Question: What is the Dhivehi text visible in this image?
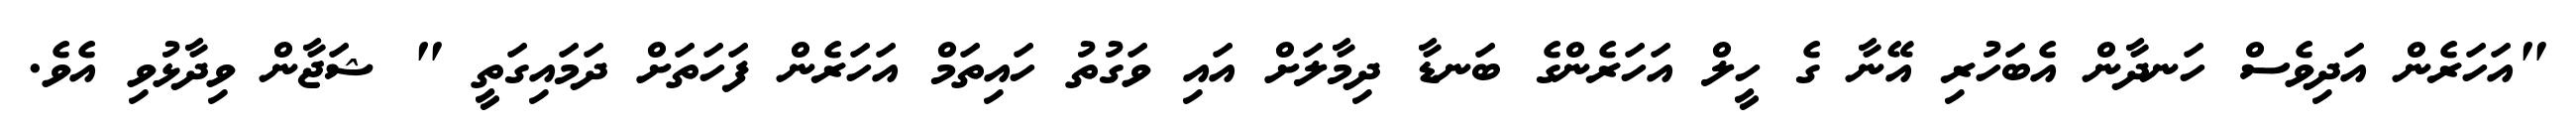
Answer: "އަހަރެން އަދިވެސް ހަނދާން އެބަހުރި އޭނާ ގެ ހީލް އަހަރެންގެ ބަނޑާ ދިމާލަށް އައި ވަގުތު ހައިތަމް އަހަރެން ފަހަތަށް ދަމައިގަތީ " ޝަޖާން ވިދާޅުވި އެވެ.